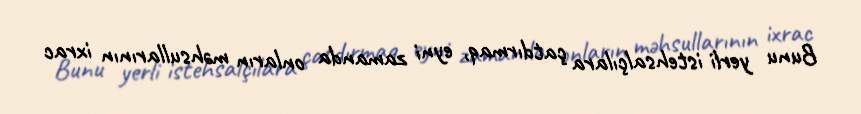
Bunu yerli istehsalçılara çatdırmaq, eyni zamanda onların məhsullarının ixrac